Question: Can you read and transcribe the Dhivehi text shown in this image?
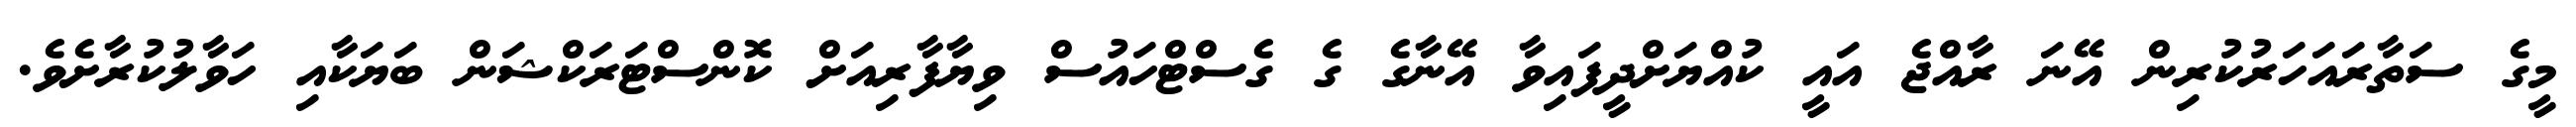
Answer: މީގެ ސަތާރައަހަރުކުރިން އޭނަ ރާއްޖެ އައީ ކުއްޔަށްދީފައިވާ އޭނާގެ ގެ ގެސްޓްހައުސް ވިޔާފާރިއަށް ކޮންސްޓަރަކްޝަން ބަޔަކާއި ހަވާލުކުރާށެވެ.